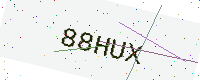
Text: 88HUX